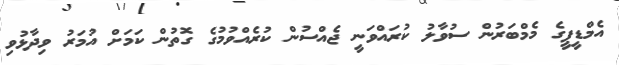
އެމްޑީޕީގެ މެމްބަރުން ސުވާލު ކުރައްވަނީ ޖެއްސުން ކުރެއްވުމުގެ ގޮތުން ކަމަށް އުމަރު ވިދާޅުވި